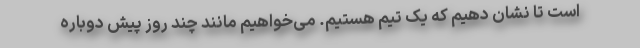
است تا نشان دهیم که یک تیم هستیم. می‌خواهیم مانند چند روز پیش دوباره